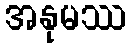
အနုမဿ